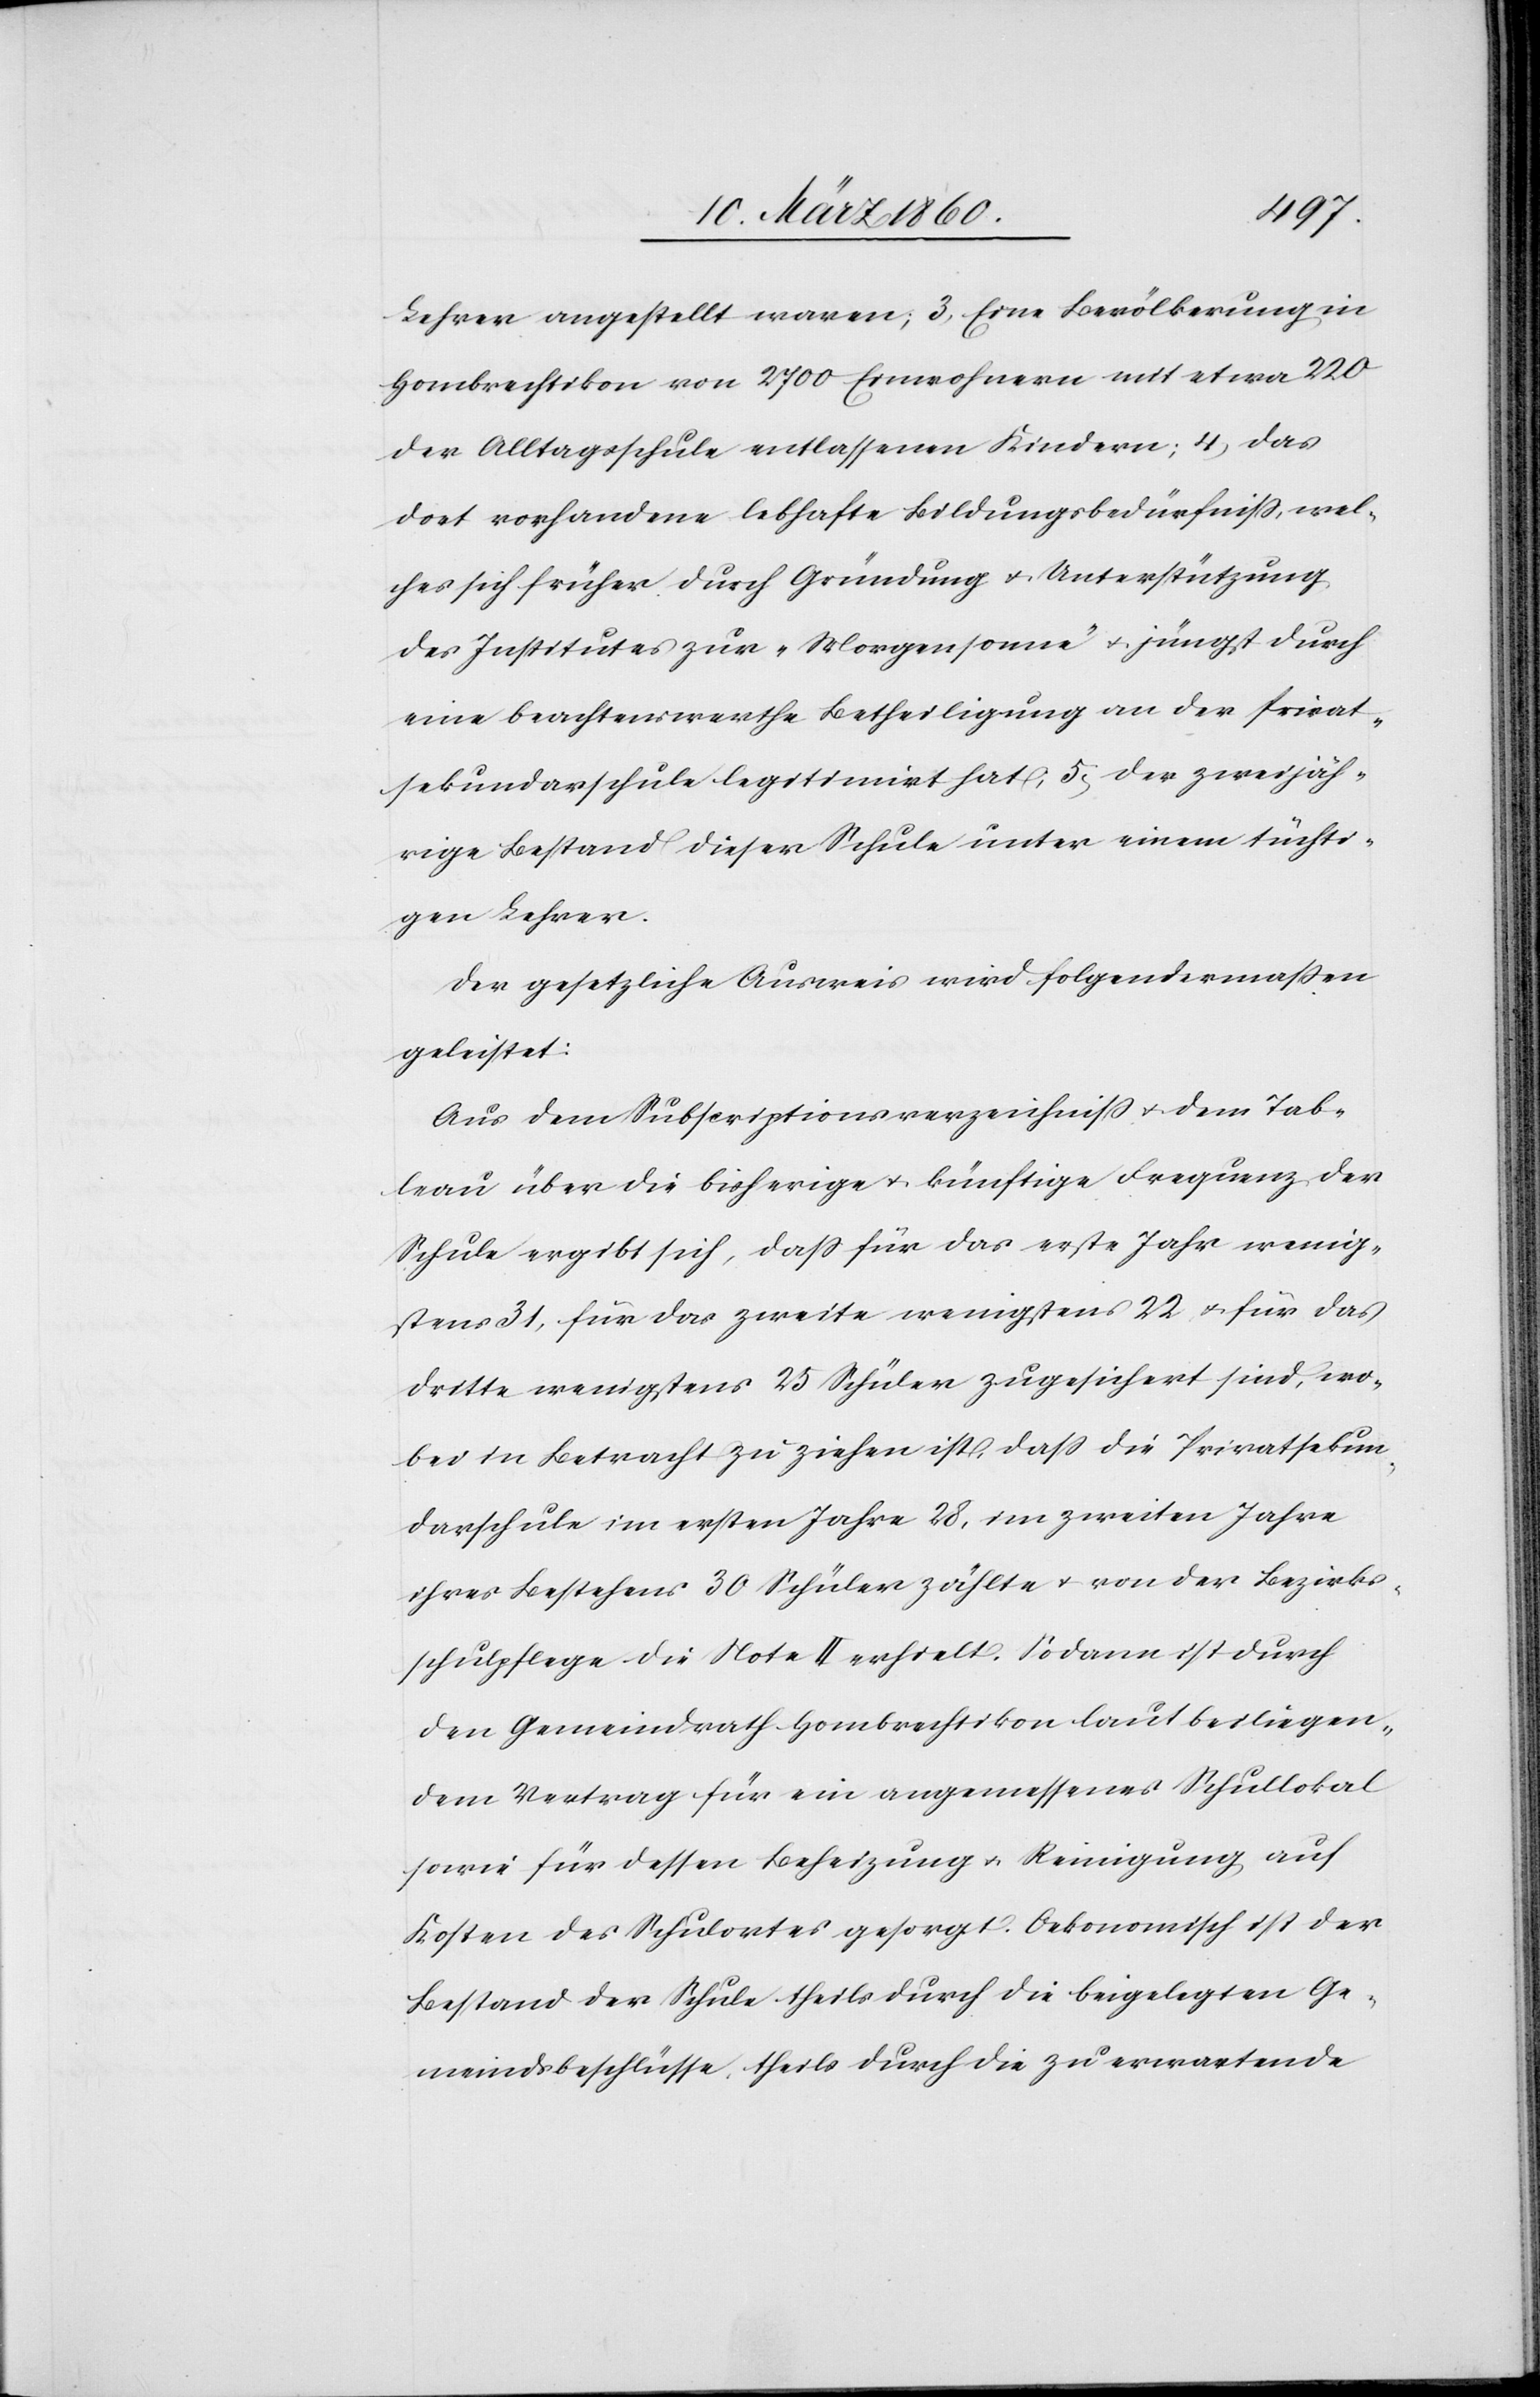
Lehrer angestellt waren; 3. Eine Bevölkerung in
Hombrechtikon von 2700 Einwohnern mit etwa 220
der Alltagsschule entlassenen Kindern; 4. Das
dort vorhandene lebhafte Bildungsbedürfniss, wel¬
ches sich früher durch Gründung u. Unterstützung
des Institutes zur „Morgensonne“ u. jüngst durch
eine beachtenswerteh Betheiligung an der Privat¬
sekundarschule legitimirt hat, 5. Der zweijäh¬
rige Bestand dieser Schule unter einem tüchti¬
gen Lehrer.
Der gesetzliche Ausweis wird folgendermassen
geleistet:
Aus dem Subscriptionsverzeichniss u. dem Tab¬
leau über die bisherige u. künftige Frequenz der
Schule ergibt sich, dass für das erste Jahr wenig¬
stens 31, für das zweite wenigstens 22 u. für das
Dritte wenigstens 25 Schüler zugesichert sind, wo¬
bei in Betracht zu ziehen ist, das die Privatsekun¬
darschule im ersten Jahre 28, im zweiten Jahre
ihres Bestehens 30 Schüler zählte u. von der Bezirks¬
schulpflege die Note II erhielt. Sodann ist durch
den Gemeindrath Hombrechtikon laut beiliegen¬
dem Vertrag für ein angemessenes Schullokal
sowie für dessen Beheizung u. Reinigung auf
Kosten des Schulortes gesorgt. Oekonomisch ist der
Bestand der Schule theils durch die beigelegten Ge¬
meindsbeschlüsse, theils durch die zu erwartende